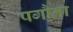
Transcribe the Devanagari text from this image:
पगौना